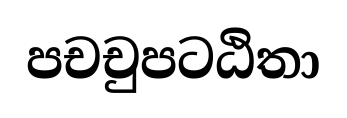
පචචුපටඨිතා